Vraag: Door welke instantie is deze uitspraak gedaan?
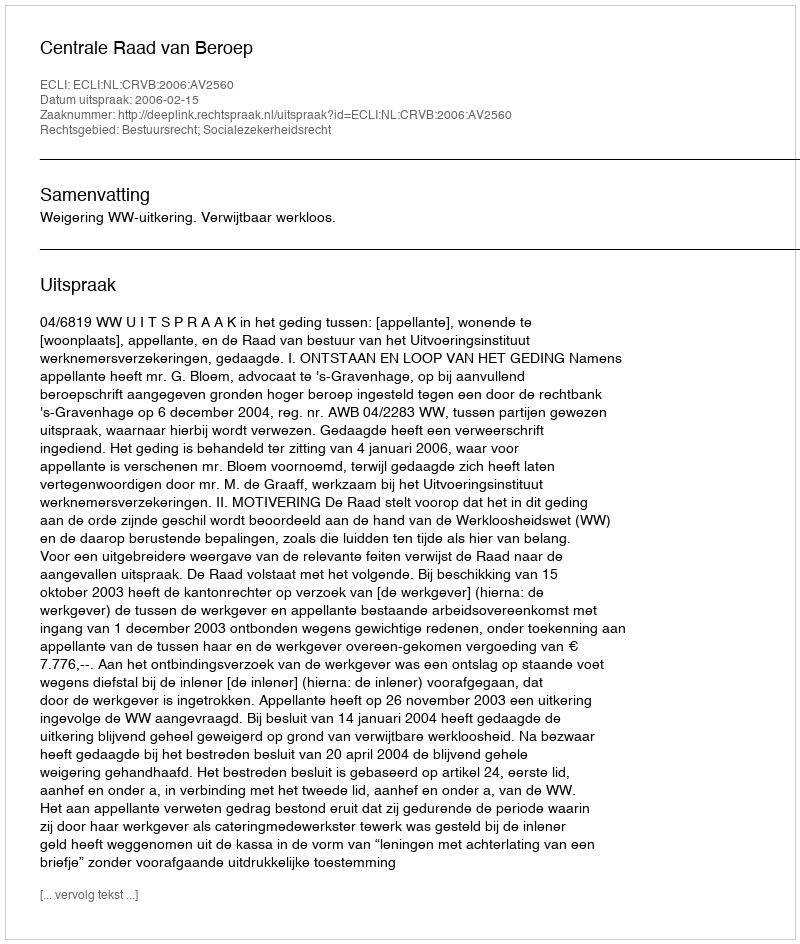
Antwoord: Centrale Raad van Beroep